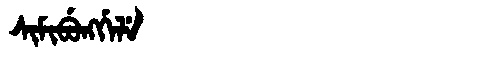
Manchu: ᠰᡳᠮᡳᠪᡠᠩᡤᡝᠯᡝ
Romanization: SIMIBUNGGELE